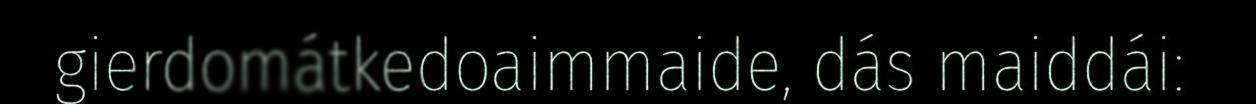
gierdomátkedoaimmaide, dás maiddái: